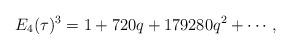
LaTeX: \begin{align*}E_4(\tau)^3=1+720q+179280q^2+\cdots,\end{align*}